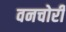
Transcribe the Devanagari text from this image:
वनचोरी